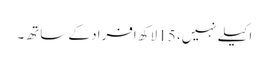
اکیلے نہیں، 15 لاکھ افراد کے ساتھ۔